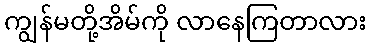
ကျွန်မတို့အိမ်ကို လာနေကြတာလား